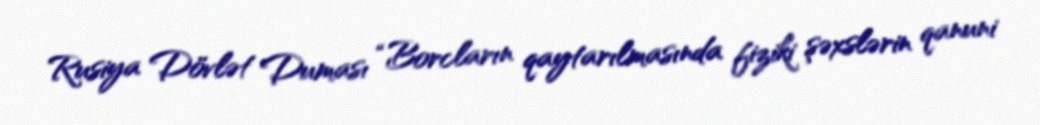
Rusiya Dövlət Duması “Borcların qaytarılmasında fiziki şəxslərin qanuni